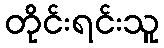
တိုင်းရင်းသူ